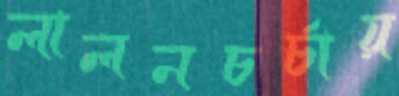
লালনচর্চায়